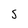
Character: S